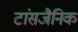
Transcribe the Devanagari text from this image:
टांसजैनिक